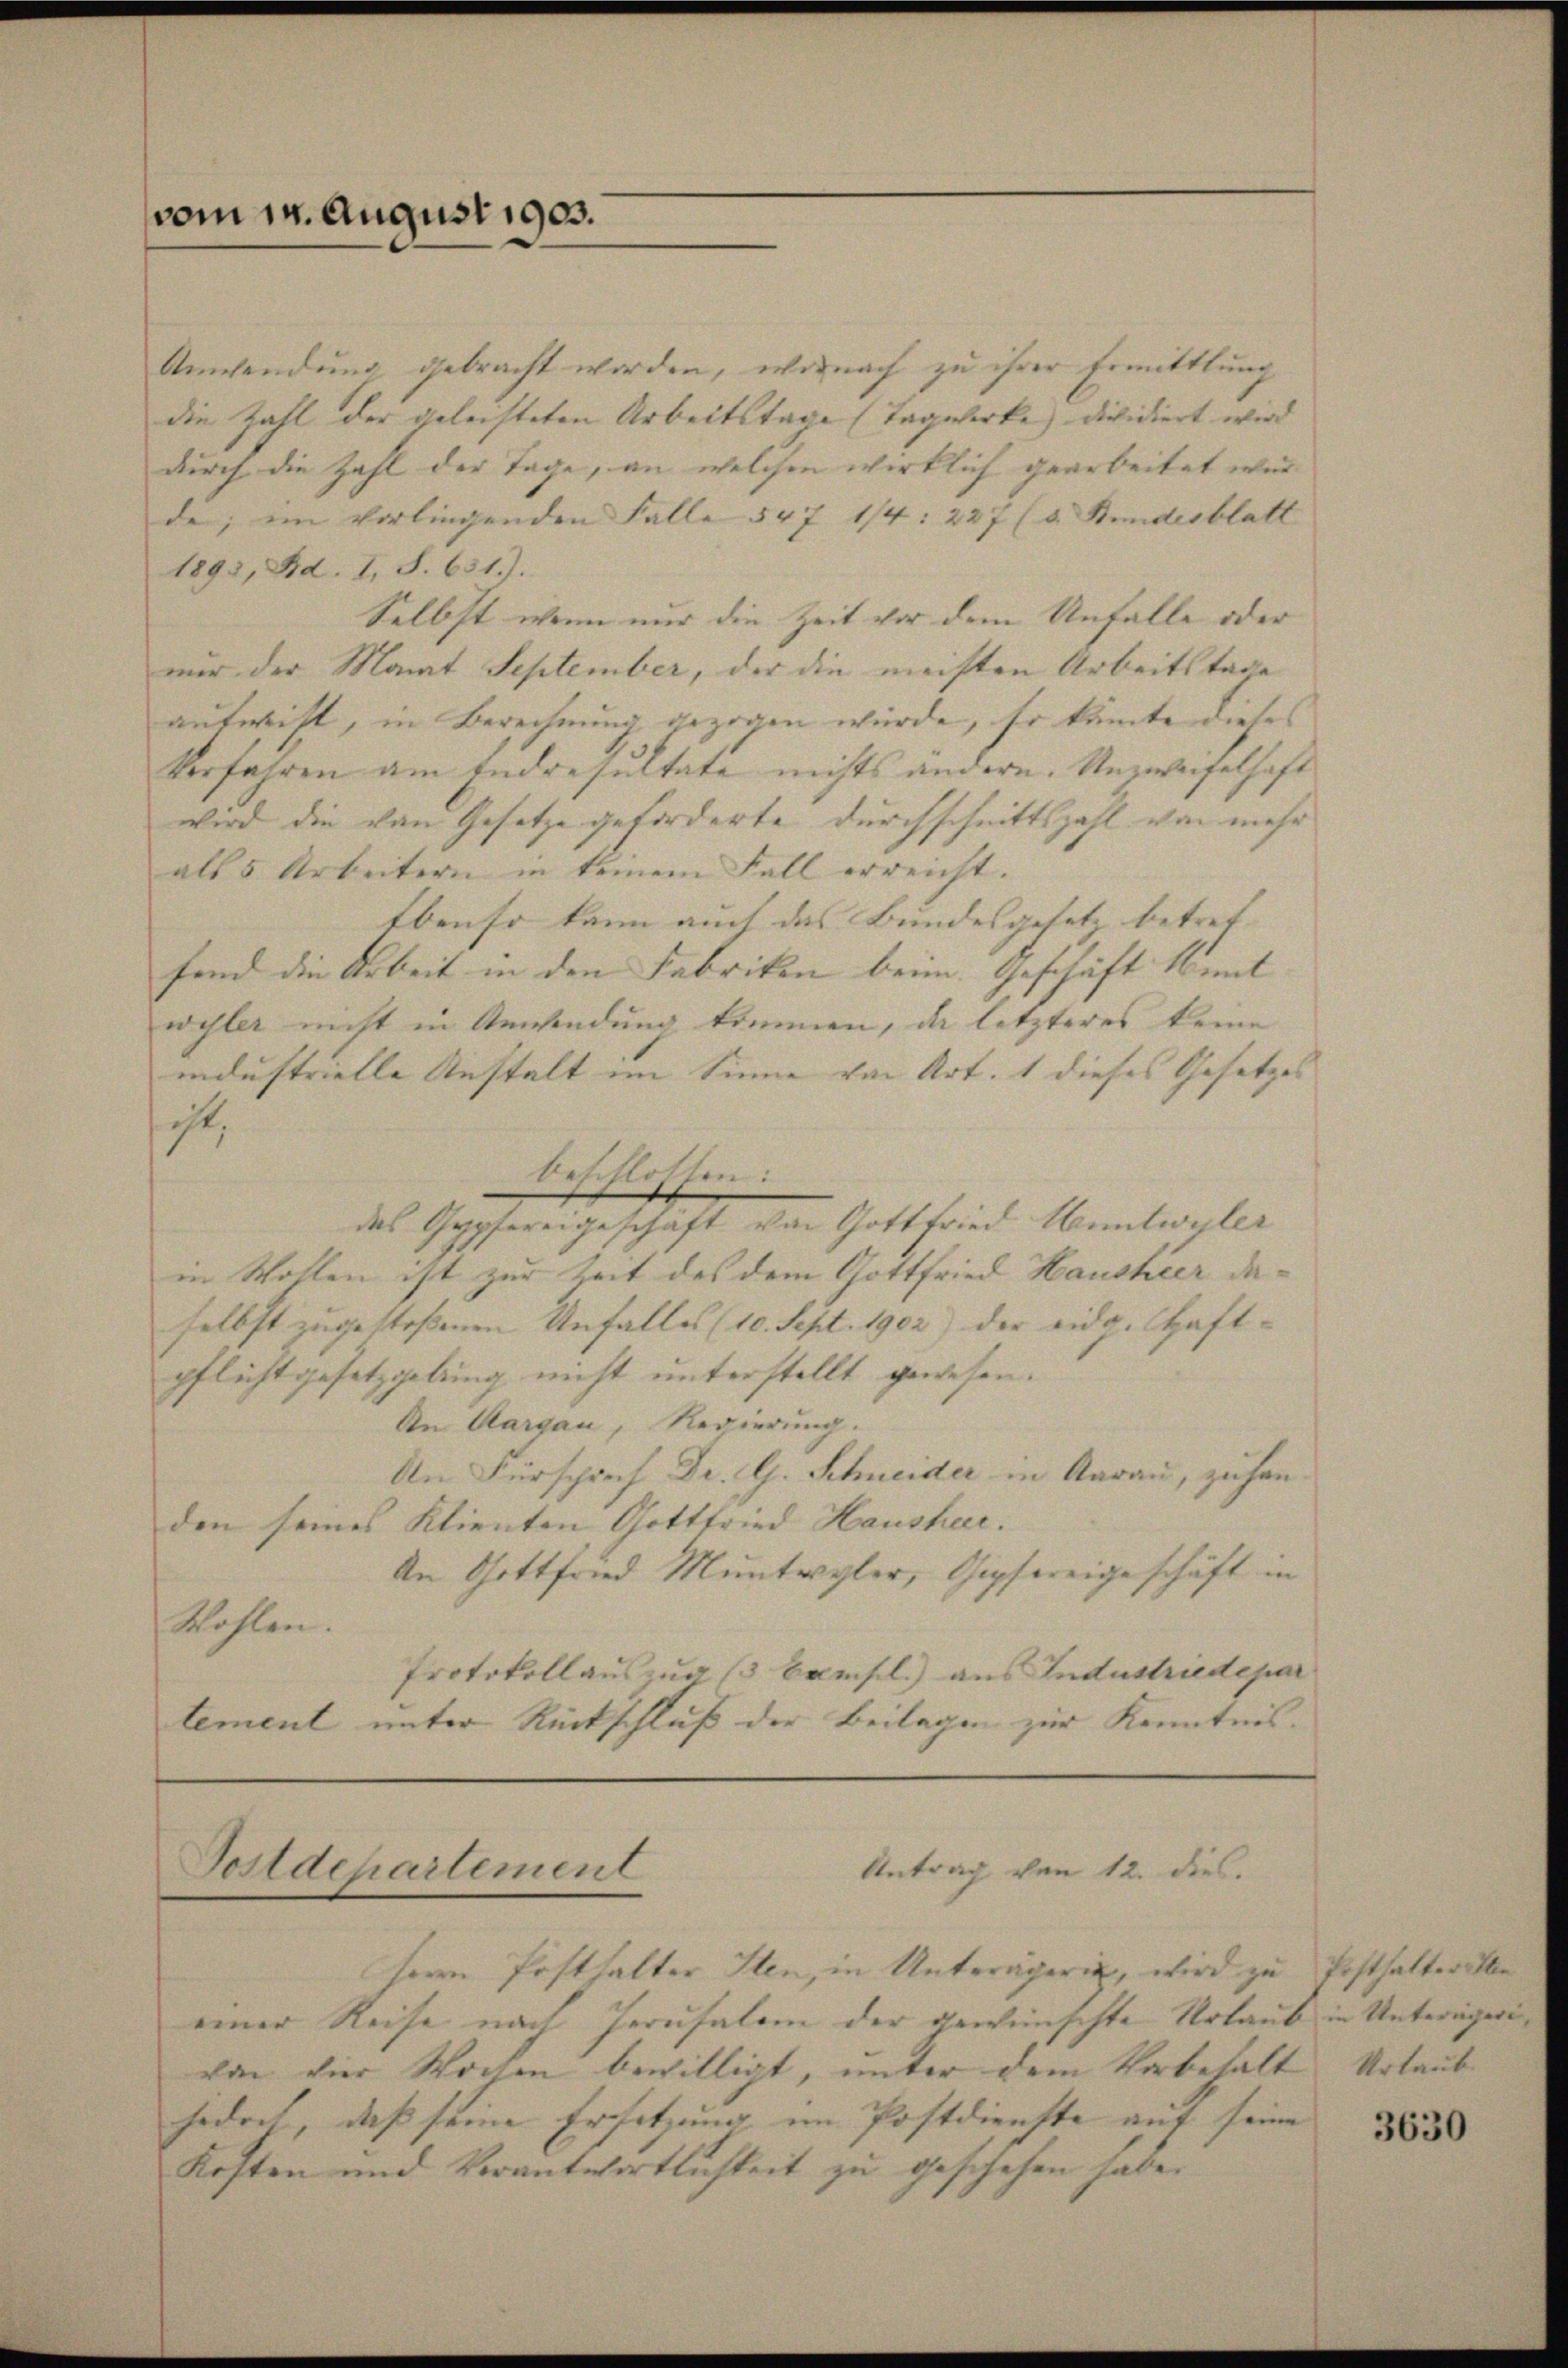
vom 14. August 1903.

Unwendung gebracht worden, wornach zu ihrer Ermittlung
die Zahl der geleisteten Arbeitstage (Tagwerke dividiert wird |
durch die Zahl der Tage, an welchen wirklich gearbeitet wurde; im vorliegenden Falle 547 1/4. 227 (s. Bundesblatt
1893, Bd. I, S. 631).
Selbst, wenn nur die Zeit vor dem Unfalle oder
mir der Manat September, der die meisten Arbeitstage
aufwis, in Berechnung gezogen würde, so könnte dieses
Verfahren am Endresultate nichts andern. Unzweifelhaft
wird die von Gesetze geforderte Durchschnittszahl von mehr
als 5 Arbeitern in keinem Fall erreicht.
Ebenso kann auch das Bundesgesetz betret- |
fend die Arbeit in den Fabriken beim Geschäft kant |
wehler nicht in Anwendung kommen, da letzteres keine
industrielle Anstalt im Sinne von Art. 1 dieses Gesetzes |
ist,
beschlossen:
des Gypfereigeschäft von Gottfried Huntwiler
in Wollen ist zur Zeit des dem Gottfried Hausheer da-
selbst zugestoßenen Unfalles (10. Sept. 1902) der eidg. Haftpflichtgesetzgebung nicht unterstellt gewesen.
An Aargau, Regierung.
An Fürsprech Dr. G. Schneider in Aarau, zu han-
den seines Klienten, Gottfried Hausheer.
An Gottfried Muntwyler, Gipfereigeschäft in
Wohlen.
Protokollauszug (3 Bamsel) aus Industriedepar
tement unter Rückschluß der Beilagen zur Kenntnis-

Antrag von 12. dies.
Tolldepartement

Herrn Posthalter Sten, in Unterägerin, wird zu Posthalterste
einer Reise nach Perusalem der gewünschte Urlaub in Unterägeri
von der Wochen bewilligt, unter dem Vorbehalt Urlaub
fodret, daß seine Ersetzung im Postdienste auf seine
Kosten und Verantwortlichkeit zu geschehen habe.

3630